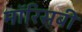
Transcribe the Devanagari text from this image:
मॉरिसबी